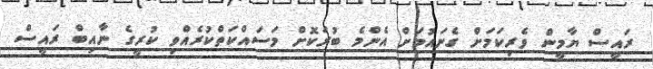
ރައީސް ޔާމީން ވެރިކަމަށް ގެނައުމަށް އެންމެ ބުރަކޮށް މަސައްކަތްކުރެއްވި ކުރީގެ ނާއިބް ރައީސް